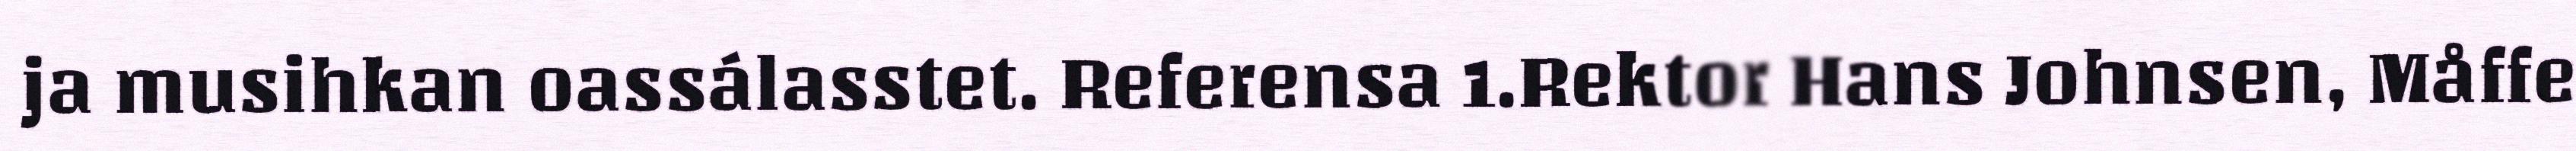
ja musihkan oassálasstet. Referensa 1.Rektor Hans Johnsen, Måffe